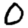
Digit: 0